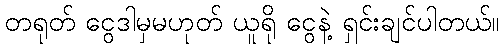
တရုတ် ငွေဒါမှမဟုတ် ယူရို ငွေနဲ့ ရှင်းချင်ပါတယ်။